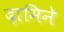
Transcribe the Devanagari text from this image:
दामिने